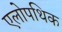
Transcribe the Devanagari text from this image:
एलोपथिक